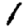
Digit: 1